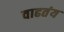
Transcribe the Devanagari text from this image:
वाढतंय